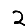
Digit: 2